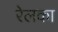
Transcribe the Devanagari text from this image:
रेलका